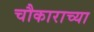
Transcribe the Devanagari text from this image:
चौकाराच्या